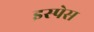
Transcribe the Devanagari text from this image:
इस्पेस